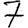
Digit: 7